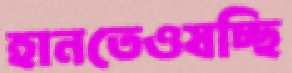
হানতেওযচ্ছি